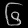
Digit: ၆